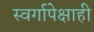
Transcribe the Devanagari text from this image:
स्वर्गापेक्षाही